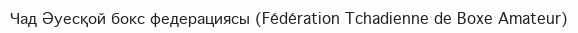
Чад Әуесқой бокс федерациясы (Fédération Tchadienne de Boxe Amateur)